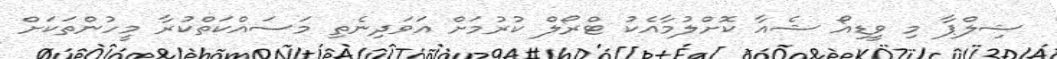
ޝިލްޕާ މި ވީޑިއޯ ޝެއާ ކޮށްލުމާއެކު ޓްރޯލް ކުރުމަށް އަވަދިނެތި މަސައްކަތްކުރާ މީހުންތަކަށް